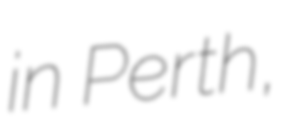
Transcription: in Perth,